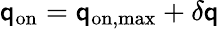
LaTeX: \mathsf{q}_{\mathrm{{on}}}=\mathsf{q}_{\mathrm{{on,max}}}+\delta\mathsf{q}